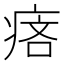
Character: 𤶾